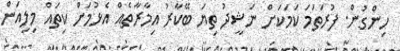
ހިންގުން. ފުރަތަމަ ކަމަކަށް ނަޝީދު ތިޔަ ބޭކާރު އިމާރާތެއް އެޅުމަށް ކިތައް މިލިއަން